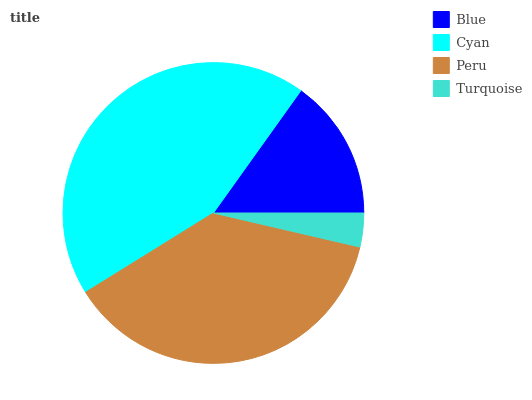
| Blue | Cyan | Peru | Turquoise |
 | --- | --- | --- | --- |
 | 15.1% | 43.7% | 37.5% | 3.63% |